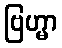
ဗြဟ္မာ